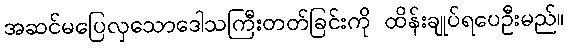
အဆင်မပြေလှသောဒေါသကြီးတတ်ခြင်းကို ထိန်းချုပ်ရပေဦးမည်။